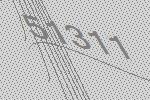
51311